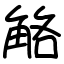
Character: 觡